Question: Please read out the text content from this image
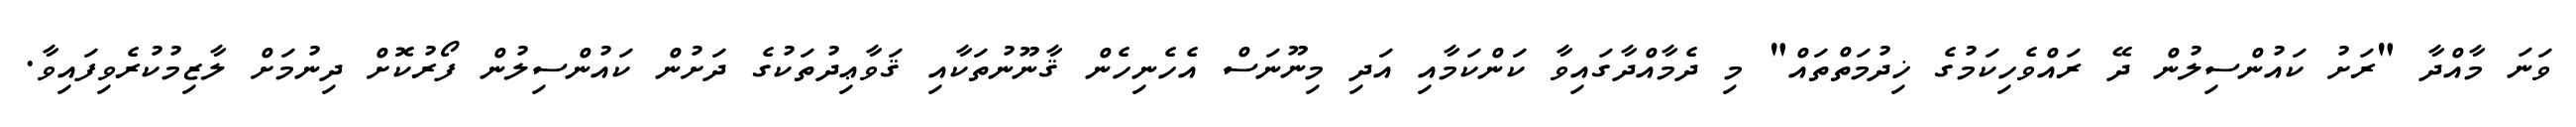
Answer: ވަނަ މާއްދާ "ރަށު ކައުންސިލުން ދޭ ރައްވެހިކަމުގެ ޚިދުމަތްތައް" މި ދެމާއްދާގައިވާ ކަންކަމާއި އަދި މިނޫނަސް އެހެނިހެން ޤާނޫނުތަކާއި ޤަވާޢިދުތަކުގެ ދަށުން ކައުންސިލުން ފޯރުކޮށް ދިނުމަށް ލާޒިމުކުރެވިފައިވާ.